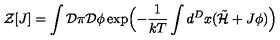
{ \cal Z } \lbrack J \rbrack = \int { \cal D } \pi { \cal D } \phi \exp \Bigl ( - \frac { 1 } { k T } \int d ^ { D } x ( { \tilde { { \cal H } } } + J \phi ) \Bigr )